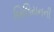
બિલિયનની